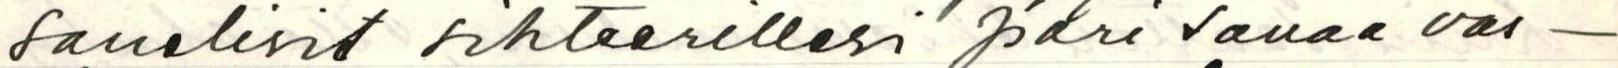
sanelisit sihteerillesi pari sanaa vas-